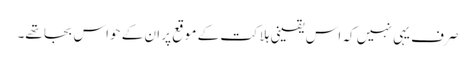
صرف یہی نہیں کہ اس یقینی ہلاکت کے موقع پر ان کے حواس بجا تھے۔